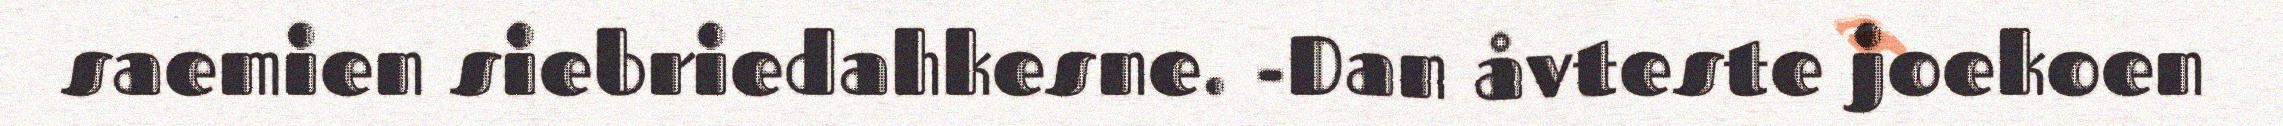
saemien siebriedahkesne. -Dan åvteste joekoen